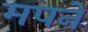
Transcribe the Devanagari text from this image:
मपने